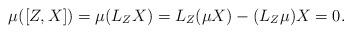
LaTeX: \begin{align*}\mu( [Z,X]) = \mu (L_Z X) = L_Z (\mu X) - (L_Z \mu) X = 0.\end{align*}